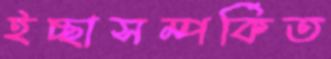
ইচ্ছাসম্পর্কিত